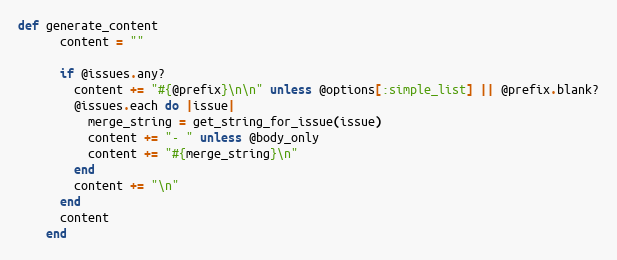
Language: Ruby
def generate_content
      content = ""

      if @issues.any?
        content += "#{@prefix}\n\n" unless @options[:simple_list] || @prefix.blank?
        @issues.each do |issue|
          merge_string = get_string_for_issue(issue)
          content += "- " unless @body_only
          content += "#{merge_string}\n"
        end
        content += "\n"
      end
      content
    end